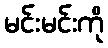
မင်းမင်းကို